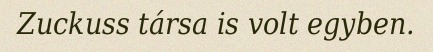
Zuckuss társa is volt egyben.